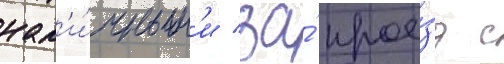
нал'и́чным'и за́ прое́зд с